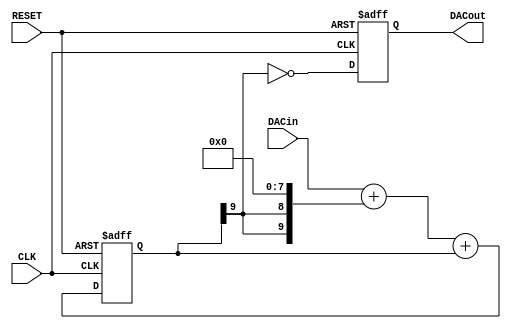
module sigma_delta_dac #(parameter MSBI=7, parameter INV=1'b1)
(
   output reg      DACout, //Average Output feeding analog lowpass
   input  [MSBI:0] DACin,  //DAC input (excess 2**MSBI)
   input           CLK,
   input           RESET
);

reg [MSBI+2:0] DeltaAdder; //Output of Delta Adder
reg [MSBI+2:0] SigmaAdder; //Output of Sigma Adder
reg [MSBI+2:0] SigmaLatch; //Latches output of Sigma Adder
reg [MSBI+2:0] DeltaB;     //B input of Delta Adder

always @(*) DeltaB = {SigmaLatch[MSBI+2], SigmaLatch[MSBI+2]} << (MSBI+1);
always @(*) DeltaAdder = DACin + DeltaB;
always @(*) SigmaAdder = DeltaAdder + SigmaLatch;

always @(posedge CLK or posedge RESET) begin
   if(RESET) begin
      SigmaLatch <= 1'b1 << (MSBI+1);
      DACout <= INV;
   end else begin
      SigmaLatch <= SigmaAdder;
      DACout <= SigmaLatch[MSBI+2] ^ INV;
   end
end

endmodule